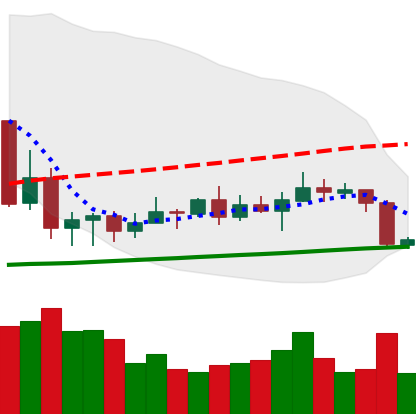
Ticker: XRP-USD
Chart end date: 2020-09-22
Forward return: 4.001%
Label: up_3_5